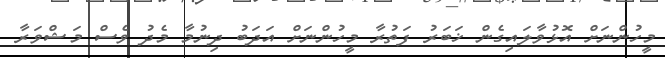
މީހުންނަށް އޮޅުވާލައިގެން ޚަބަރު ފަތުރާ މީހުންނަށް އަދަބު ދިނުމާ މެދު ވެސް މަޝްވަރާ